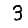
Digit: 3